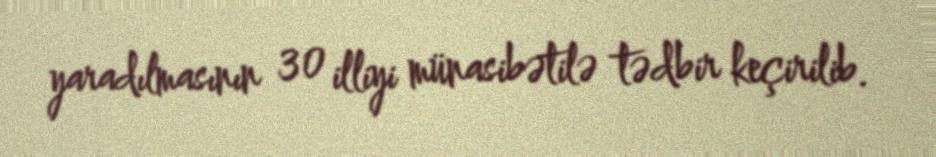
yaradılmasının 30 illiyi münasibətilə tədbir keçirilib.